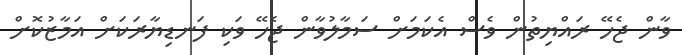
ވާން ޖެހޭ ރައްޔިތުން ވެސް އެކަމަށް ސަމާލުވާން ޖެހޭ ވަކި ފަނޑިޔާރަކަށް އަމާޒުކޮށް